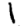
Digit: 1